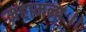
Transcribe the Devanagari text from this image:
महामनाः।।